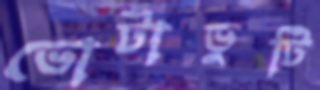
ভোটাভুটি